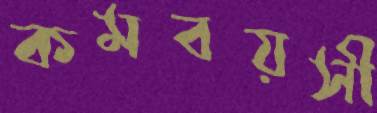
কমবয়সী